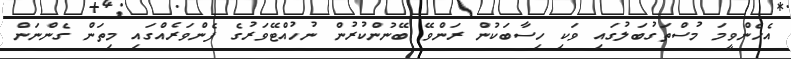
އެހެންވީމަ މުސްތަގުބަލުގައި ވަކި ހިސާބަކުން ރަންވޭ ބޭނުންކުރުން ނުހުއްޓޭވަރުގެ ފެންވަރެއްގައި މިތަން ގެންނަން